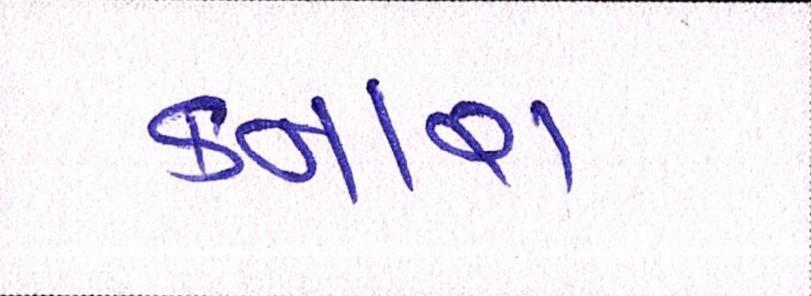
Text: કનારા